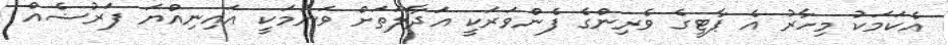
އެކަމަކު މިހާރު އެ ޕާޓީގެ ވެރިންގެ ފެންވަރަކީ އަދާލަތަށް ވަނުމަކީ ޢައިނިއްޔަ ފަރުޟެއް